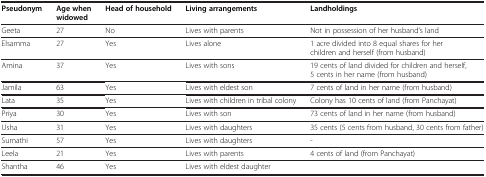
| Pseudonym | Age when widowed | Head of household | Living arrangements | Landholdings |
 | --- | --- | --- | --- | --- |
 | Geeta | 27 | No | Lives with parents | Not in possession of her husband’s land |
 | Elsamma | 27 | Yes | Lives alone | 1 acre divided into 8 equal shares for her children and herself (from husband) |
 | Amina | 37 | Yes | Lives with sons | 19 cents of land divided for children and herself, 5 cents in her name (from husband) |
 | Jamila | 63 | Yes | Lives with eldest son | 7 cents of land in her name (from husband) |
 | Lata | 35 | Yes | Lives with children in tribal colony | Colony has 10 cents of land (from Panchayat) |
 | Priya | 30 | Yes | Lives with son | 73 cents of land in her name (from husband) |
 | Usha | 31 | Yes | Lives with daughters | 35 cents (5 cents from husband, 30 cents from father) |
 | Sumathi | 57 | Yes | Lives with daughters | - |
 | Leela | 21 | Yes | Lives with parents | 4 cents of land (from Panchayat) |
 | Shantha | 46 | Yes | Lives with eldest daughter |  |